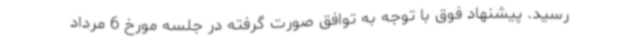
رسید. پیشنهاد فوق با توجه به توافق صورت گرفته در جلسه مورخ 6 مرداد